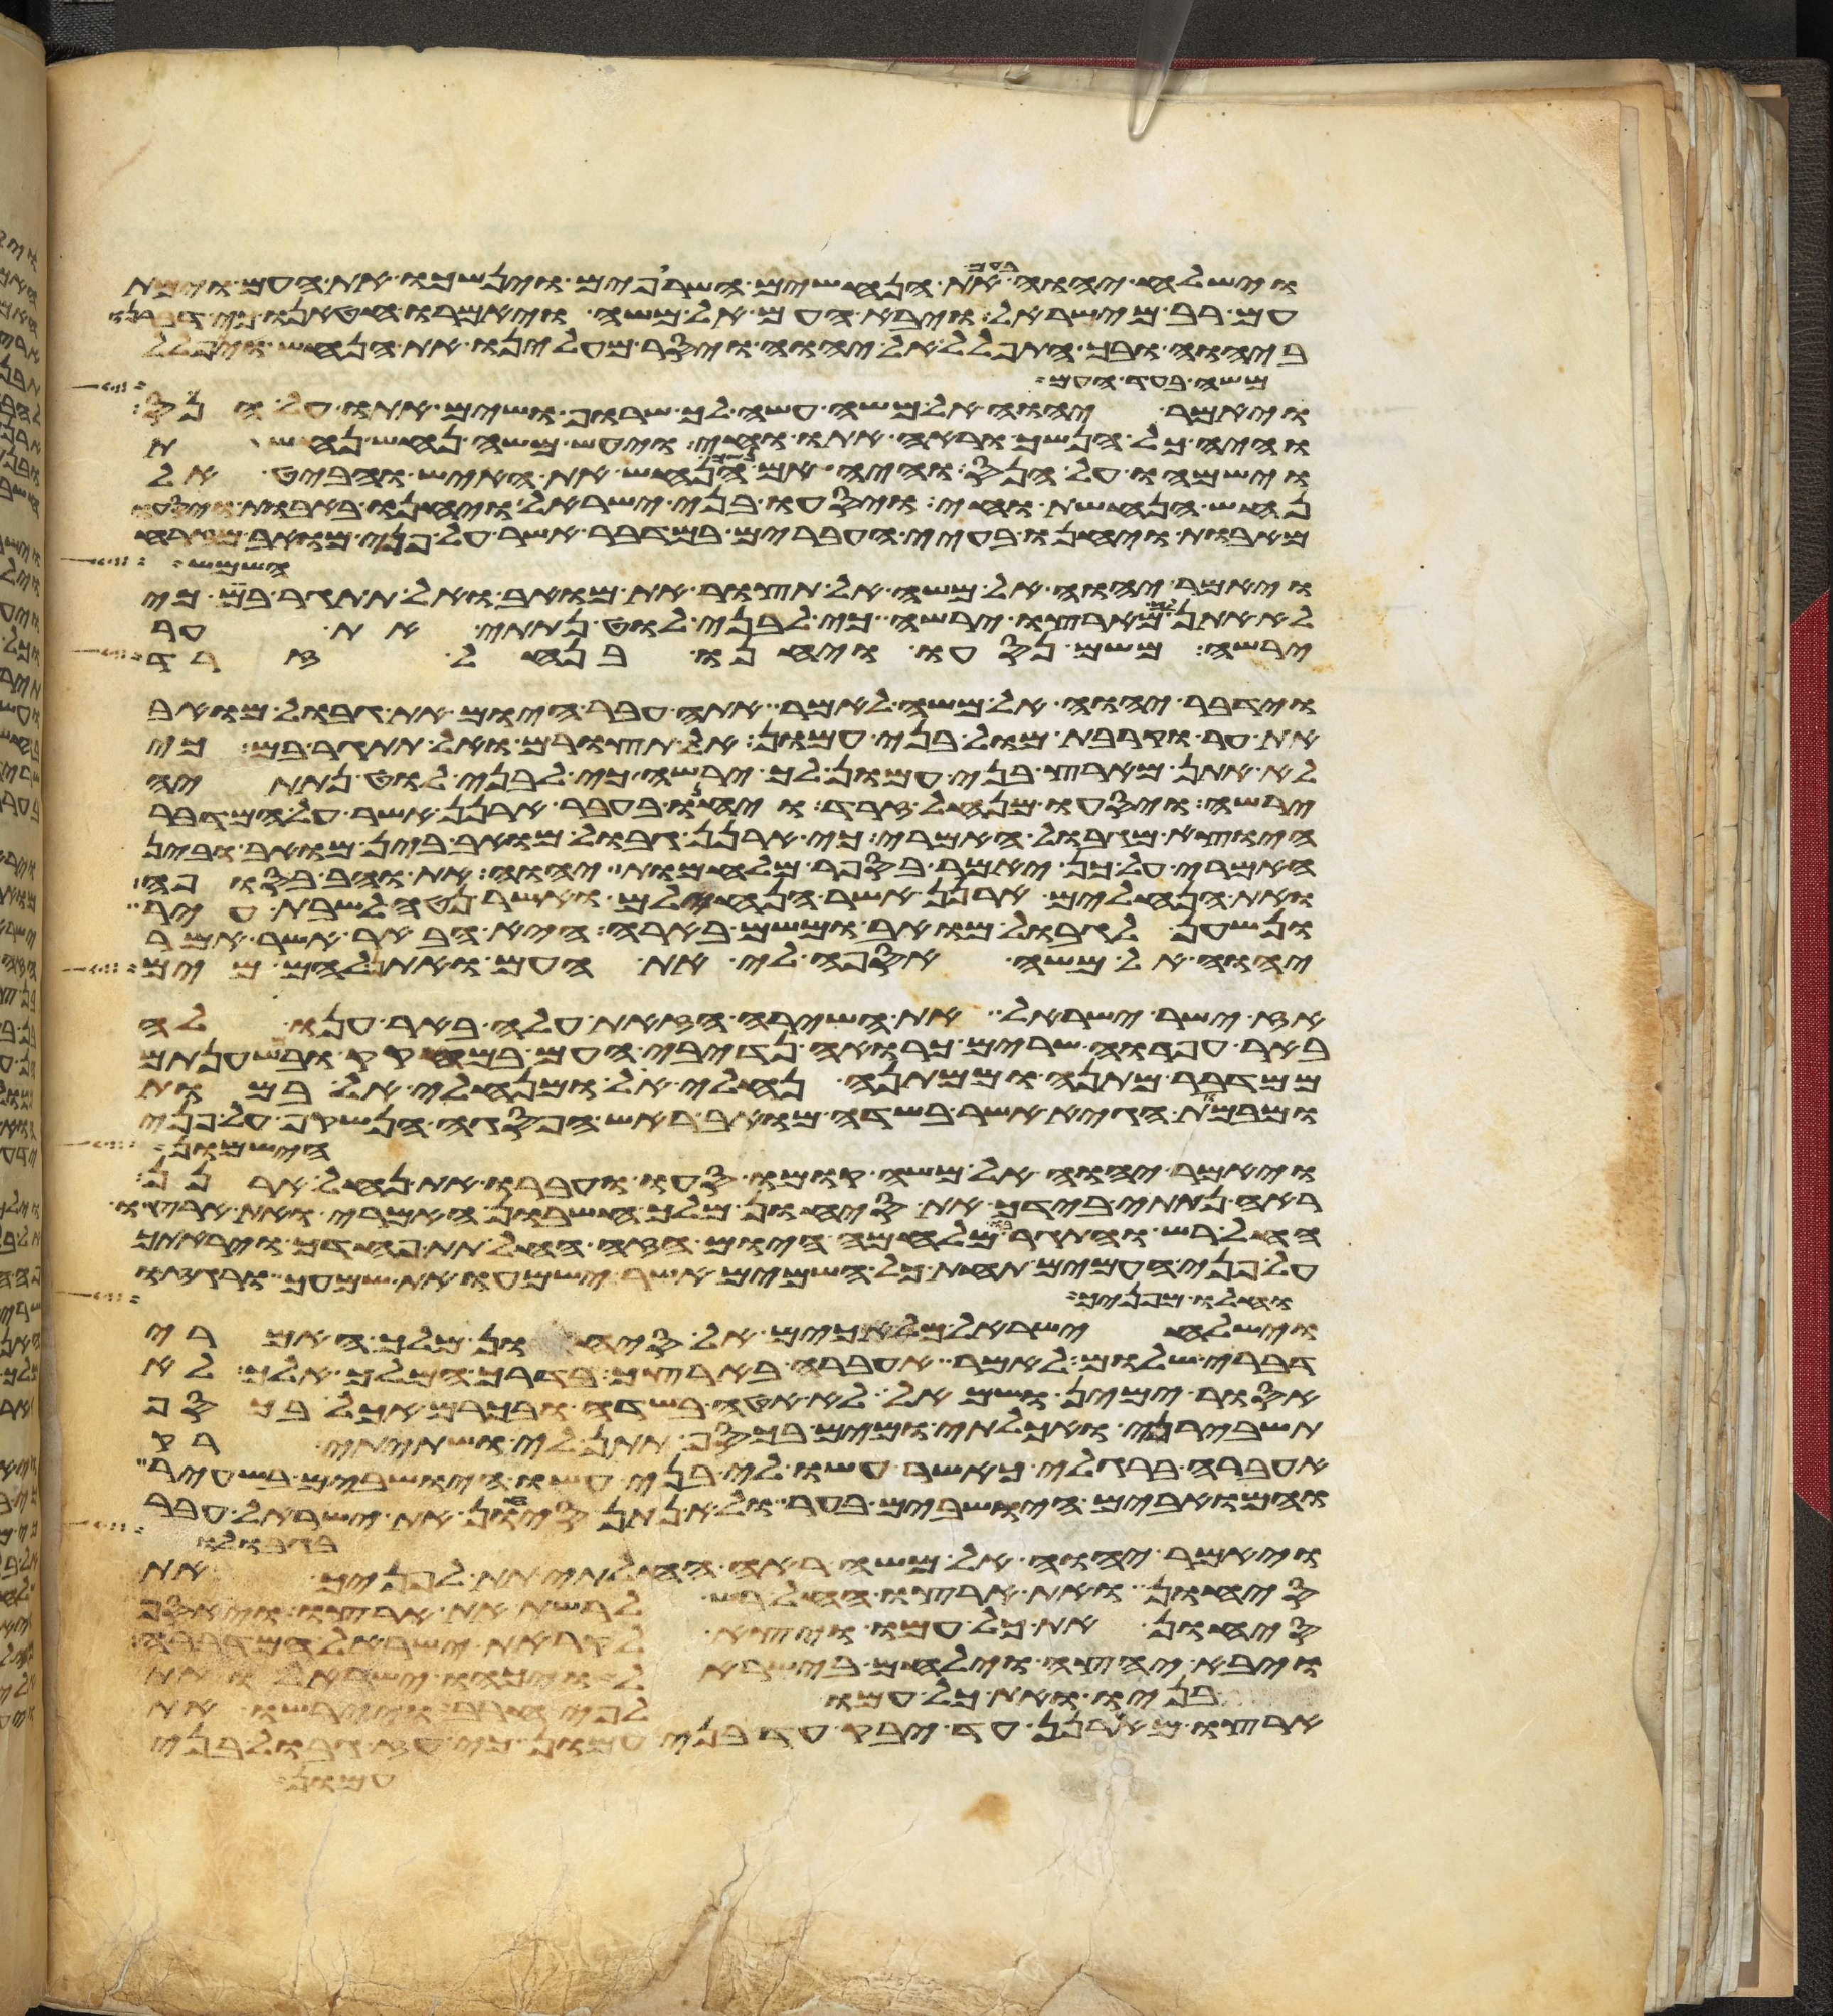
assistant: וישלח יהוה בעם את הנחשים השרופים וינשכו את העם וימת
עם רב מישראל ויבא העם אל משה ויאמרו חטאנו כי דברנו
ביהוה ובך התפלל אל יהוה ויסר מעלינו את הנחש ויתפלל
משה בעד העם
ויאמר יהוה אל משה עשה לך שרוף ושים אתו על הנס
והיה כל הנשך וראה אתו וחי ויעש משה נחש נחשת
וישמהו על הנס והיה אם נשך הנחש את האיש והביט אל
נחש הנחשת וחי ויסעו בני ישראל ויחנו באבות ויסעו
מאבות ויחנו בעיי העברים במדבר אשר על פני מואב מזרח
השמש
ויאמר יהוה אל משה אל תצור את מואב ואל תתגר בם כי
לא אתן לך מארצו ירשה כי לבני לוט נתתי את ער
ירשה משם נסעו ויחנו בנחל זרד
וידבר יהוה אל משה לאמר אתה עבר היום את גבול מואב
את ער וקרבת מול בני עמון אל תצורם ואל תתגר בם כי
לא אתן מארץ בני עמון לך ירשה כי לבני לוט נתתיה
ירשה ויסעו מנחל זרד ויחנו בעבר ארנן אשר על המדבר
היוצא מגבול האמרי כי ארנן גבול מואב בין מואב ובין
האמרי על כן יאמר בספר מלחמות יהוה את והב בסופה
ואת הנחלים ארנן אשר הנחילם ואשר נטה לשבת עיר
ונשען לגבול מואב ומשם בארה היא הבאר אשר אמר
יהוה אל משה אספה לי את העם ואתן להם מים
אז ישיר ישראל את השירה הזאת עלה באר ענו לה
באר חפרוה שרים כרואה נדיבי העם במחקק ובמשענתם
ממדבר מתנה וממתנה נחליאל ומנחליאל במות
ומבמות הגיא אשר בשדה מואב ראש הפסגה הנשקף על פני
הישמון
ויאמר יהוה אל משה קומו סעו ועברו את נחל ארנן
ראה נתתי בידך את סיחון מלך חשבון האמרי ואת ארצו
החל רש והתגר בו מלחמה היום הזה החל תת פחדך ויראתך
על פני העמים תחת כל השמים אשר ישמעו את שמעך ורגזו
וחלו מפניך
וישלח ישראל מלאכים אל סיחון מלך האמרי
דברי שלום לאמר אעברה בארצך בדרך המלך אלך לא
אסור ימין ושמאל לא אטה בשדה ובכרם אכל בכסף
תשבירני ואכלתי ומים בכסף תתן לי ושתיתי רק
אעברה ברגלי כאשר עשו לי בני עשו הישבים בשעיר
והמואבים הישבים בער ולא נתן סיחון את ישראל עבר
בגבולו
ויאמר יהוה אל משה ראה החלתי תת לפניך את
סיחון ואת ארצו החל רש לרשת את ארצו ויאסף
סיחון את כל עמו ויצא לקראת ישראל המדברה
ויבא יחצה וילחם בישראל ויכהו ישראל ואת
בניו ואת כל עמו לפי חרב ויירשו את
ארצו מארנן עד יבק עד בני עמון כי עז גבול בני
עמון